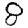
Digit: 8